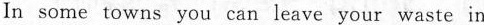
In some towns you can leave your waste in